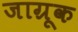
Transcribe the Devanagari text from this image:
जाग्रूक